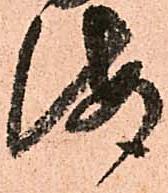
海